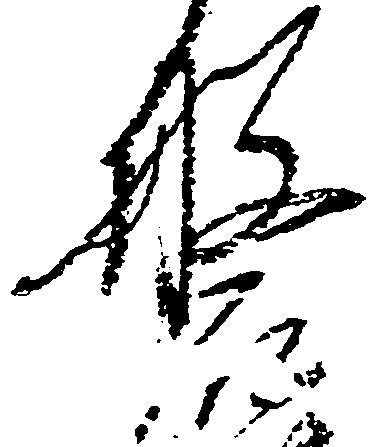
磐